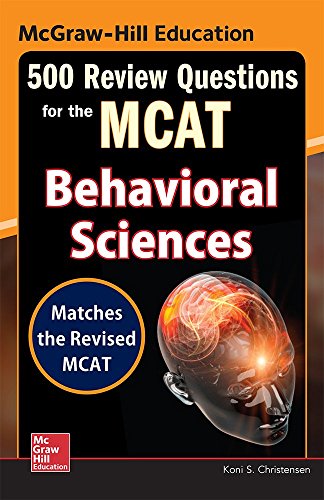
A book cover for McGraw-Hill Education 500 Review Questions for the MCAT: Behavioral Sciences; Koni S. Christensen; Test Preparation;